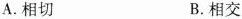
A. 相切 B. 相交